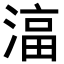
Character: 𬈠